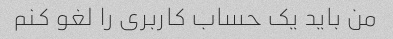
من باید یک حساب کاربری را لغو کنم